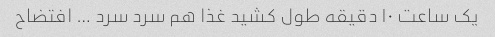
یک ساعت ۱۰ دقیقه طول کشید غذا هم سرد سرد … افتضاح